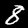
Label: 8